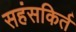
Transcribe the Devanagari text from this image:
सहंसकिर्त